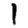
Digit: 1